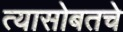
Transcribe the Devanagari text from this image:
त्यासोबतचे